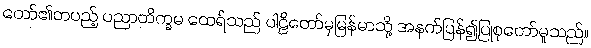
တော်၏တပည့် ပညာတိက္ခမ ထေရ်သည် ပါဠိတော်မှမြန်မာသို့ အနက်ပြန်၍ပြုစုတော်မူသည်။